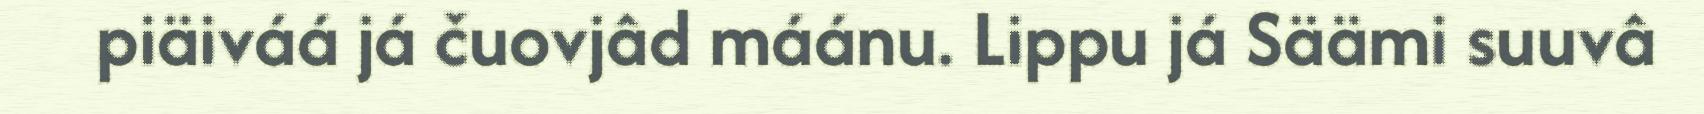
piäiváá já čuovjâd máánu. Lippu já Säämi suuvâ